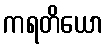
ကရတိယော